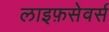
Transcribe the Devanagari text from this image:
लाइफ़सेवर्स